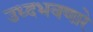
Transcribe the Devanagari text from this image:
उध्दभवणारे